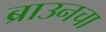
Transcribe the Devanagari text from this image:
ब्राउनचा